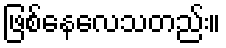
ဖြစ်နေလေသတည်း။